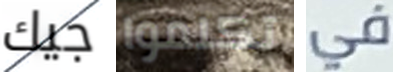
جيك تكلموا في